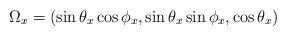
LaTeX: \begin{align*}\Omega_x=(\sin{\theta_x}\cos{\phi_x},\sin{\theta_x}\sin{\phi_x},\cos{\theta_x} )\end{align*}